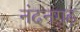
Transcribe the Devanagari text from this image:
नंदनगढ़